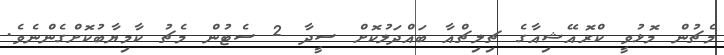
މެޗުން މޮޅުވީ ކްރޮއޭޝިއާގެ ޗިލިޗްއާ ބައްދަލުކޮށް ސީދާ 2 ސެޓުން މެޗު ކާމިޔާބުކޮށްގެންނެވެ.